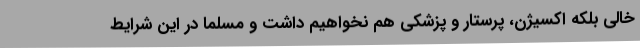
خالی بلکه اکسیژن، پرستار و پزشکی هم نخواهیم داشت و مسلما در این شرایط